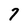
Character: 7